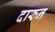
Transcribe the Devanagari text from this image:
दारुन